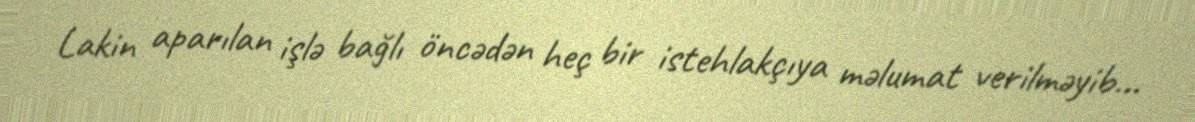
Lakin aparılan işlə bağlı öncədən heç bir istehlakçıya məlumat verilməyib...